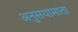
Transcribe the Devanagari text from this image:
अनुसयामाता